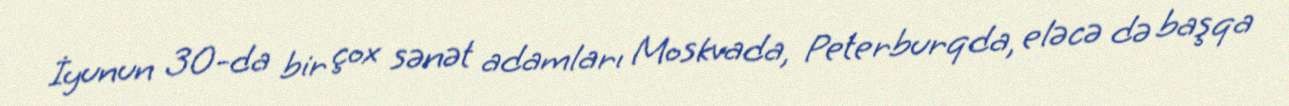
İyunun 30-da bir çox sənət adamları Moskvada, Peterburqda, eləcə də başqa